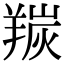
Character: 羰